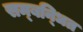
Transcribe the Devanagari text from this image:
सम्‍बन्‍धित